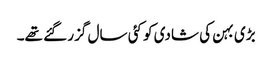
بڑی بہن کی شادی کو کئی سال گزر گئے تھے۔